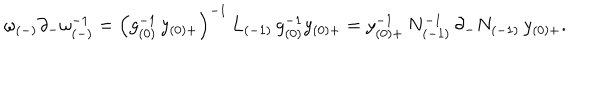
\omega _ { ( - ) } \partial _ { - } \omega _ { ( - ) } ^ { - 1 } = \left( g _ { ( 0 ) } ^ { - 1 } \, y _ { ( 0 ) + } \right) ^ { - 1 } \, L _ { ( - 1 ) } \, g _ { ( 0 ) } ^ { - 1 } y _ { ( 0 ) + } = y _ { ( 0 ) + } ^ { - 1 } \, N _ { ( - 1 ) } ^ { - 1 } \, \partial _ { - } N _ { ( - 1 ) } \, y _ { ( 0 ) + } .